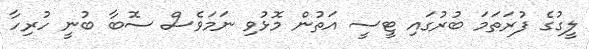
ލީގުގެ ފުރަތަމަ ބުރުގައި ޓީސީ އަތުން މޮޅުވި ނަމަވެސް ސޮބާ ބުނީ ހުރިހާ